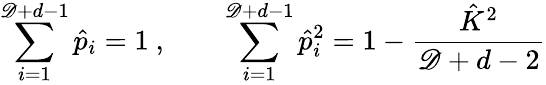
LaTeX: \sum_{i=1}^{\mathscr{D}+d-1}\hat{{p}}_{i}=1\ ,\qquad\sum_{i=1}^{\mathscr{D}+d-1}\hat{{p}}_{i}^{2}=1-\frac{{\hat{{K}}^{2}}}{{\mathscr{D}+d-2}}